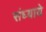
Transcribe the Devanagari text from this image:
संध्याये